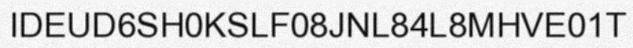
IDEUD6SH0KSLF08JNL84L8MHVE01T